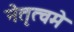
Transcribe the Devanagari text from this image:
नेतृत्वमे